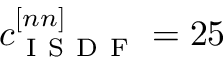
c _ { \mathrm { ~ I ~ S ~ D ~ F ~ } } ^ { [ n n ] } = 2 5